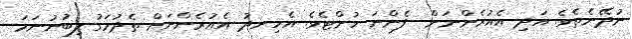
ނުދޭނެތެވެ. އަދި އެއުރެންނަށް  ފެންނަ ހުށްޓެވެ. އެހިނދު އެއުރެންނަށް ތެދުމަގު ލިބުނުނަމަ